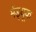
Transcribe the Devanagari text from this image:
मेंड्यूक